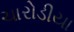
ચારોડીયા